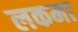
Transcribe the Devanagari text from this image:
लकमा